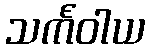
သင်္ကဝါယ